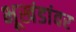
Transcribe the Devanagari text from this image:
भूखंडांवर